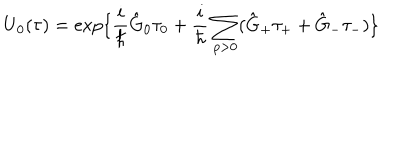
\mathrm { U } _ { 0 } ( \tau ) = \exp \{ \frac { i } { \hbar } \hat { \mathrm { G } } _ { 0 } { \tau } _ { 0 } + \frac { i } { \hbar } \sum _ { p > 0 } ( \hat { \mathrm { G } } _ { + } \tau _ { + } + \hat { \mathrm { G } } _ { - } \tau _ { - } ) \}